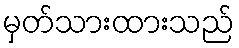
မှတ်သားထားသည်